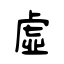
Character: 虛